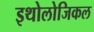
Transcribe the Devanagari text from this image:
इथोलोजिकल